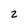
Character: 2